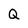
Character: Q